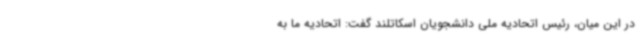
در این میان، رئیس اتحادیه ملی دانشجویان اسکاتلند گفت: اتحادیه ما به